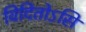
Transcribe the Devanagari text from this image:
विदितोऽसि